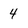
Character: 4